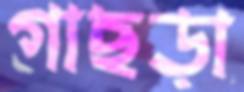
গাছড়া